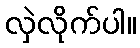
လှဲလိုက်ပါ။